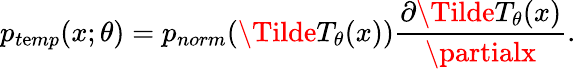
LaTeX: p_{t\mathrm{e}mp}(x;\theta)=p_{norm}(\Tilde{T}_{\theta}(x))\frac{{\partial\Tilde{T}_{\theta}(x)}}{{\partialx}}.